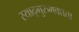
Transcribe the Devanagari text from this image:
स्याद्गुरुभक्तता